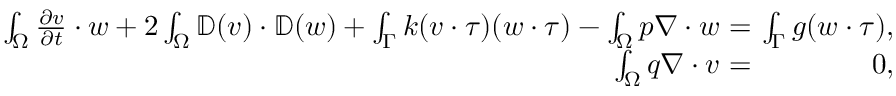
\begin{array} { r l r } { \int _ { \Omega } \frac { \partial v } { \partial t } \cdot w + 2 \int _ { \Omega } \mathbb { D } ( v ) \cdot \mathbb { D } ( w ) + \int _ { \Gamma } k ( v \cdot \tau ) ( w \cdot \tau ) - \int _ { \Omega } p \nabla \cdot w } & { \! \! \! \! = \! \! \! \! } & { \int _ { \Gamma } g ( w \cdot \tau ) , } \\ { \int _ { \Omega } q \nabla \cdot v } & { \! \! \! \! = \! \! \! \! } & { 0 , } \end{array}